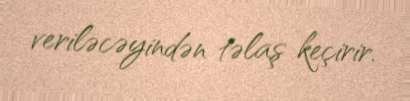
veriləcəyindən təlaş keçirir.